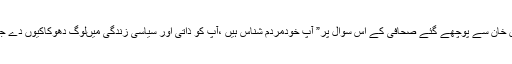
آج عمران خان سے پوچھے گئے صحافی کے اِس سوال پر” آپ خودمردم شناس ہیں ،آپ کو ذاتی اور سیاسی زندگی میںلوگ دھوکاکیوں دے جاتے ہیں؟